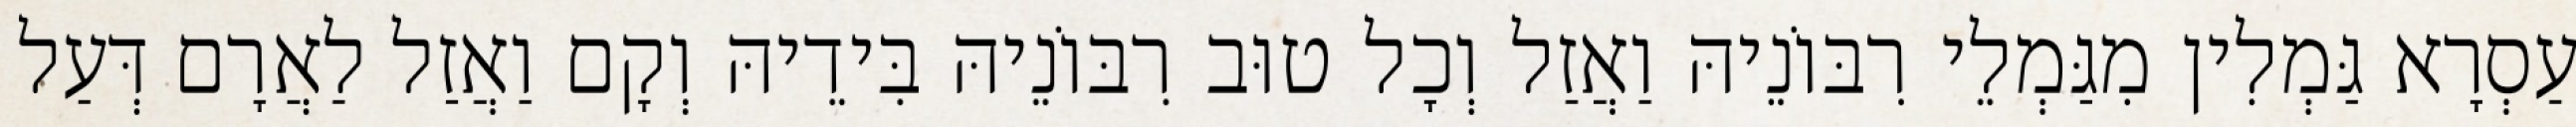
עַסְרָא גַּמְלִין מִגַּמְלֵי רִבּוֹנֵיהּ וַאֲזַל וְכָל טוּב רִבּוֹנֵיהּ בִּידֵיהּ וְקָם וַאֲזַל לַאֲרָם דְּעַל